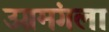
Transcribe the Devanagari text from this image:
उग्रमंगला